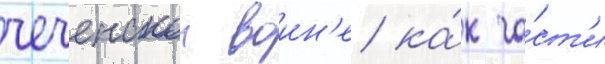
чеченскои воин'е ка́к ча́ст'и